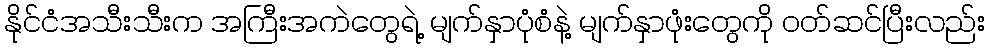
နိုင်ငံအသီးသီးက အကြီးအကဲတွေရဲ့ မျက်နှာပုံစံနဲ့ မျက်နှာဖုံးတွေကို ဝတ်ဆင်ပြီးလည်း